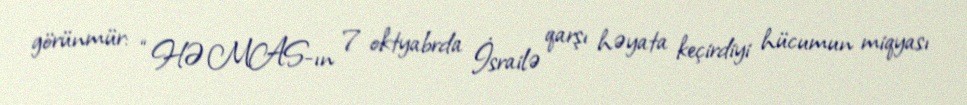
görünmür: “HƏMAS-ın 7 oktyabrda İsrailə qarşı həyata keçirdiyi hücumun miqyası